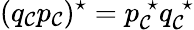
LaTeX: (q_{\cal C}p_{\cal C})^{\star}=p_{\cal C}^{\; \star}q_{\cal C}^{\; \star}